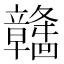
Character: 𫁯